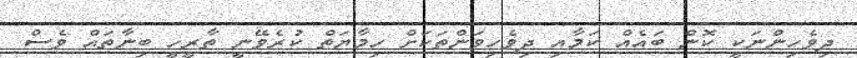
ދިވެހިންނަކީ ކޮން ބައެއް ކަމާއި ދިވެހިވަންތަކަށް ހިމާޔަތް ކުރެވޭނީ ތާރީހީ ބިނާތައް ވެސް